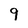
Character: 9